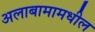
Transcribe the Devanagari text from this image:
अलाबामामधील